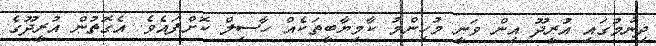
ދިނުމުގައި އުރީދޫ އިން ވަނީ މުހިންމު ކާމިޔާބީތަކެއް ހާސިލް ކޮށްފައެވެ. އެގޮތުން އުރީދޫގެ